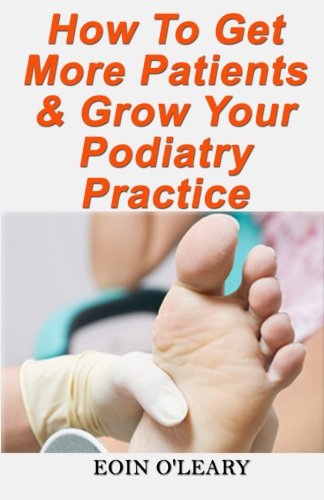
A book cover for How To Get More Patients & Grow Your Podiatry Practice; Eoin O'Leary; Medical Books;